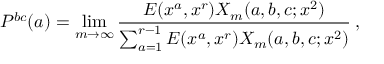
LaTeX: P ^ { b c } ( a ) = \operatorname * { l i m } _ { m \to \infty } \frac { E ( x ^ { a } , x ^ { r } ) X _ { m } ( a , b , c ; x ^ { 2 } ) } { \sum _ { a = 1 } ^ { r - 1 } E ( x ^ { a } , x ^ { r } ) X _ { m } ( a , b , c ; x ^ { 2 } ) } \: ,